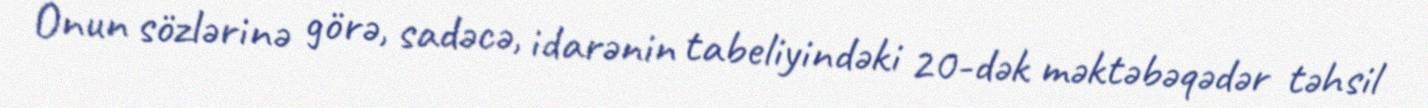
Onun sözlərinə görə, sadəcə, idarənin tabeliyindəki 20-dək məktəbəqədər təhsil